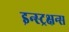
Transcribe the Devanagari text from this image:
इन्स्ट्रक्षन्स